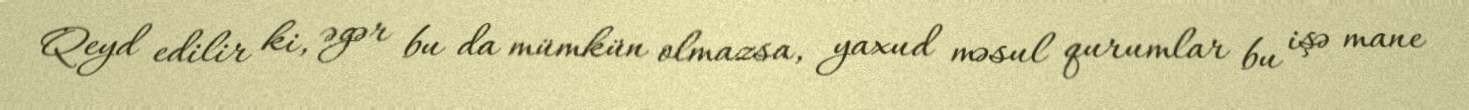
Qeyd edilir ki, əgər bu da mümkün olmazsa, yaxud məsul qurumlar bu işə mane